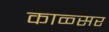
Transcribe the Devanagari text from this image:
काळ्सर